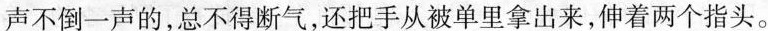
声不倒一声的，总不得断气，还把手从被单里拿出来，伸着两个指头。